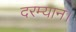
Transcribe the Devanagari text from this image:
दरम्यान।